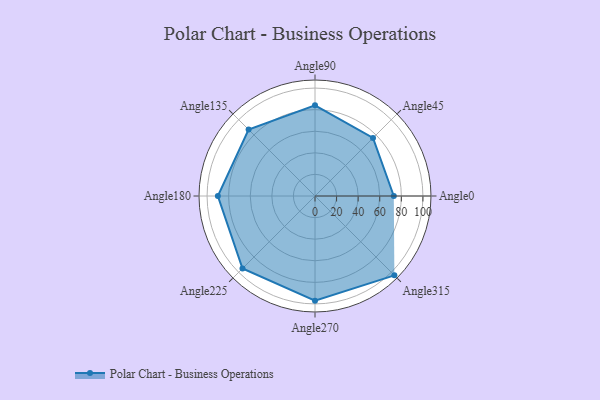
{"axis": {"x": "Angle", "y": "Radius"}, "legend": [""], "data": [{"x": "Angle0", "y": 73.0, "type": ""}, {"x": "Angle45", "y": 76.0, "type": ""}, {"x": "Angle90", "y": 84.0, "type": ""}, {"x": "Angle135", "y": 87.0, "type": ""}, {"x": "Angle180", "y": 90.0, "type": ""}, {"x": "Angle225", "y": 95.0, "type": ""}, {"x": "Angle270", "y": 97.0, "type": ""}, {"x": "Angle315", "y": 104.0, "type": ""}]}